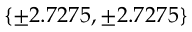
\{ \pm 2 . 7 2 7 5 , \pm 2 . 7 2 7 5 \}